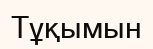
Тұқымын